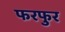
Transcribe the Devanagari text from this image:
फरफुर